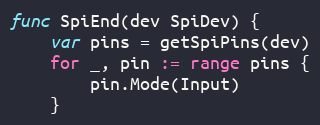
Language: Go
func SpiEnd(dev SpiDev) {
	var pins = getSpiPins(dev)
	for _, pin := range pins {
		pin.Mode(Input)
	}